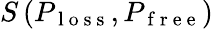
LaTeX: S\left(P_{\mathrm{~l~o~s~s~}},P_{\mathrm{~f~r~e~e~}}\right)